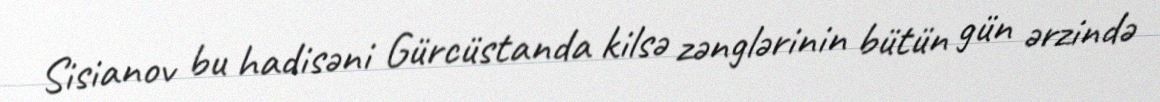
Sisianov bu hadisəni Gürcüstanda kilsə zənglərinin bütün gün ərzində